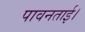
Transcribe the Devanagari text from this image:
पावनताई।